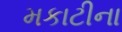
મકાટીના